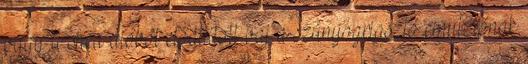
vagy a shea dióból előállított vaj a szúnyogriasztó emulziónak